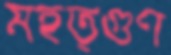
মহত্গুণ